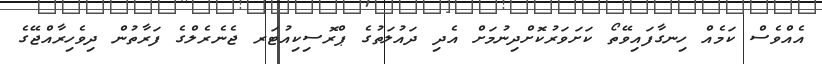
އެއްވެސް ކަމެއް ހިނގާފައިވޭތޯ ކަށަވަރުކޮށްދިނުމަށް އެދި ދައުލަތުގެ ޕްރޮސިކިއުޓަރ ޖެނެރެލްގެ ފަރާތުން ދިވެހިރާއްޖޭގެ